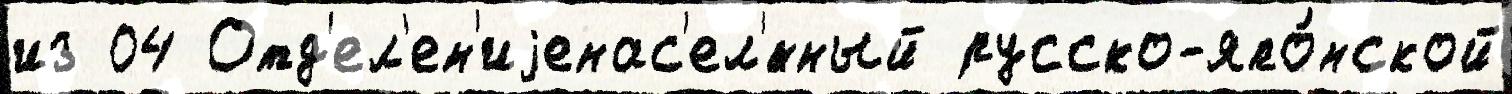
из 04 Отд'ел'ен'иjенас'ел'́нный русско-япо́нской